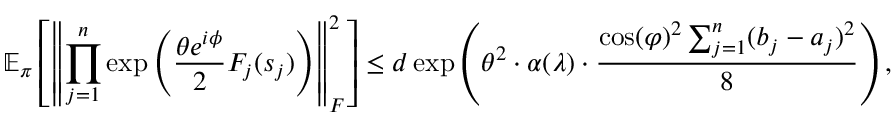
\mathbb { E } _ { \boldsymbol \pi } \left[ \left\lVert \prod _ { j = 1 } ^ { n } \exp \left( \frac { \theta e ^ { i \phi } } { 2 } F _ { j } ( s _ { j } ) \right) \right\rVert _ { F } ^ { 2 } \right] \leq d \exp \left( \theta ^ { 2 } \cdot \alpha ( \lambda ) \cdot \frac { \cos ( \varphi ) ^ { 2 } \sum _ { j = 1 } ^ { n } ( b _ { j } - a _ { j } ) ^ { 2 } } { 8 } \right) ,